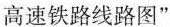
高速铁路线路图”